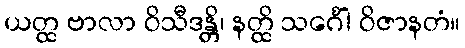
ယတ္ထ ဗာလာ ဝိသီဒန္တိ၊ နတ္ထိ သင်္ဂေါ ဝိဇာနတံ။